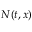
N ( t , x )